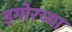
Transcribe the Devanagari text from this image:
इगोरच्या